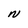
Character: N